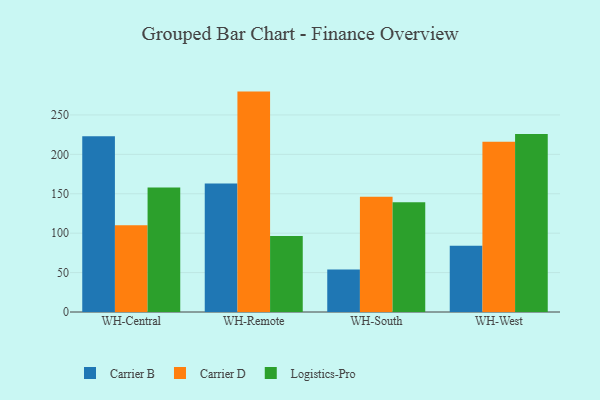
{"axis": {"x": "Warehouse", "y": "Budget (USD K)"}, "legend": ["Carrier B", "Carrier D", "Logistics-Pro"], "data": [{"x": "WH-Central", "y": 223.0, "type": "Carrier B"}, {"x": "WH-Central", "y": 109.9, "type": "Carrier D"}, {"x": "WH-Central", "y": 158.0, "type": "Logistics-Pro"}, {"x": "WH-Remote", "y": 163.1, "type": "Carrier B"}, {"x": "WH-Remote", "y": 279.6, "type": "Carrier D"}, {"x": "WH-Remote", "y": 96.5, "type": "Logistics-Pro"}, {"x": "WH-South", "y": 54.0, "type": "Carrier B"}, {"x": "WH-South", "y": 146.3, "type": "Carrier D"}, {"x": "WH-South", "y": 139.3, "type": "Logistics-Pro"}, {"x": "WH-West", "y": 84.1, "type": "Carrier B"}, {"x": "WH-West", "y": 216.1, "type": "Carrier D"}, {"x": "WH-West", "y": 225.9, "type": "Logistics-Pro"}]}